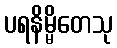
ပရနိမ္မိတေသု